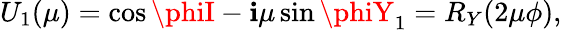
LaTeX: U_{1}(\mu)=\cos\phiI-\mathbf{i}\mu\sin\phiY_{1}=R_{Y}(2\mu\phi),